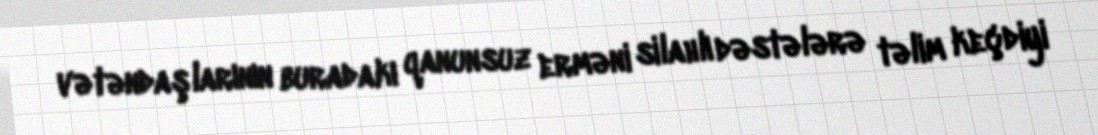
vətəndaşlarının buradakı qanunsuz erməni silahlı dəstələrə təlim keçdiyi